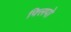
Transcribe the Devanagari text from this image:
फ्लिपो